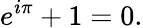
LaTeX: e^{i\pi}+1=0.